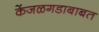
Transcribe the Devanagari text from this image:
केंजळगडाबाबत